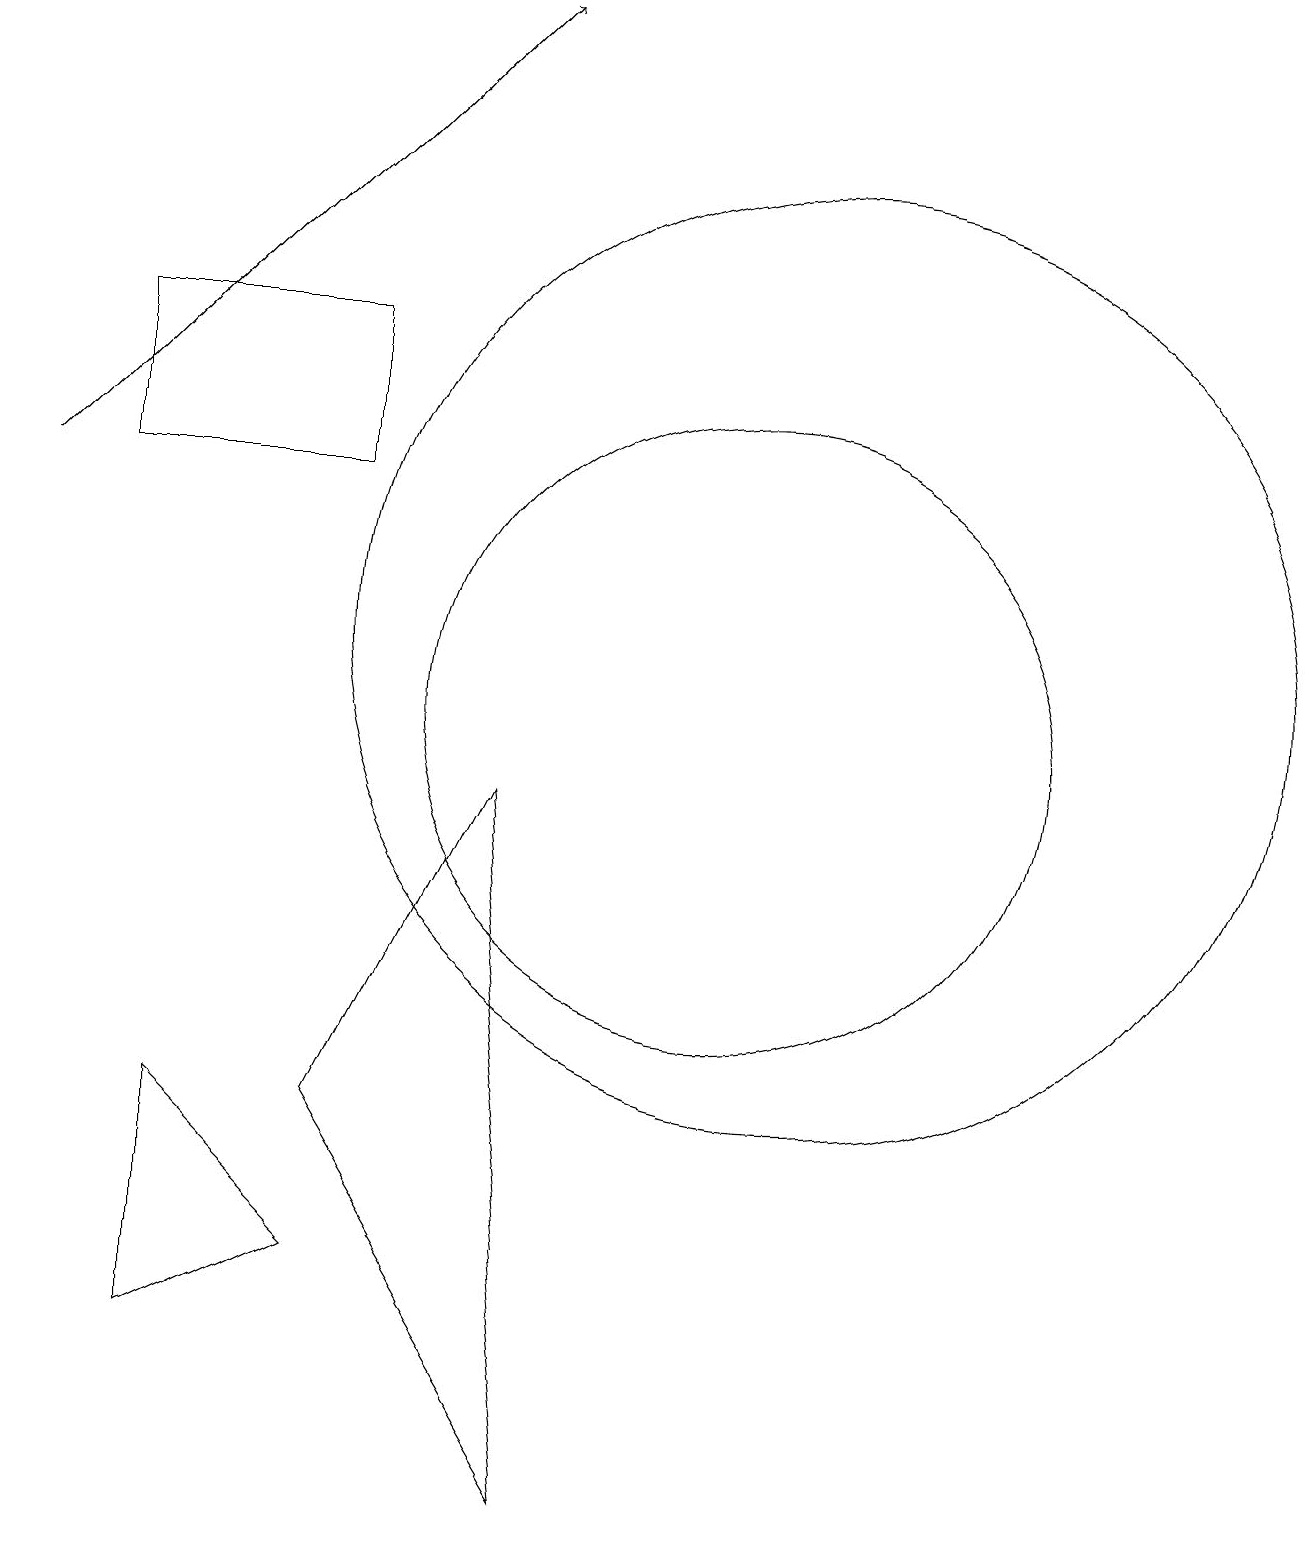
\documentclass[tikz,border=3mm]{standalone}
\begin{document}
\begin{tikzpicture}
\draw (11,11) circle (6);
\draw (10,10) circle (4);
\draw[->] (1,13) -- (7,19);
\draw (5,3) -- (3,5) -- (3,2) -- cycle;
\draw (5,13) rectangle (2,15);
\draw (7,9) -- (5,5) -- (8,0) -- cycle;
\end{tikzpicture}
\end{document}